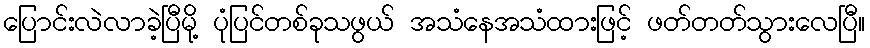
ပြောင်းလဲလာခဲ့ပြီမို့ ပုံပြင်တစ်ခုသဖွယ် အသံနေအသံထားဖြင့် ဖတ်တတ်သွားလေပြီ။